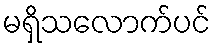
မရှိသလောက်ပင်